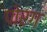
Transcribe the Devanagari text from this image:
पोरग